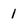
Character: 1